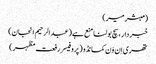
(مبشر میر)
خبر دار ، سچ بولنا منع ہے (عبدالرحیم انجان)
تھری اِن وَن کمانڈو (پروفیسر رفعت مظہر)